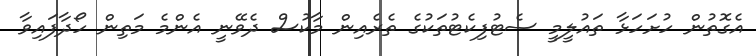
އެގޮތުން ހުށަހަޅާ ތައުލީމީ ސެޓުފިކެޓުތަކުގެ ތެރެއިން މާކުސް ދެވޭނީ އެންމެ މަތިން ހޯދާފައިވާ